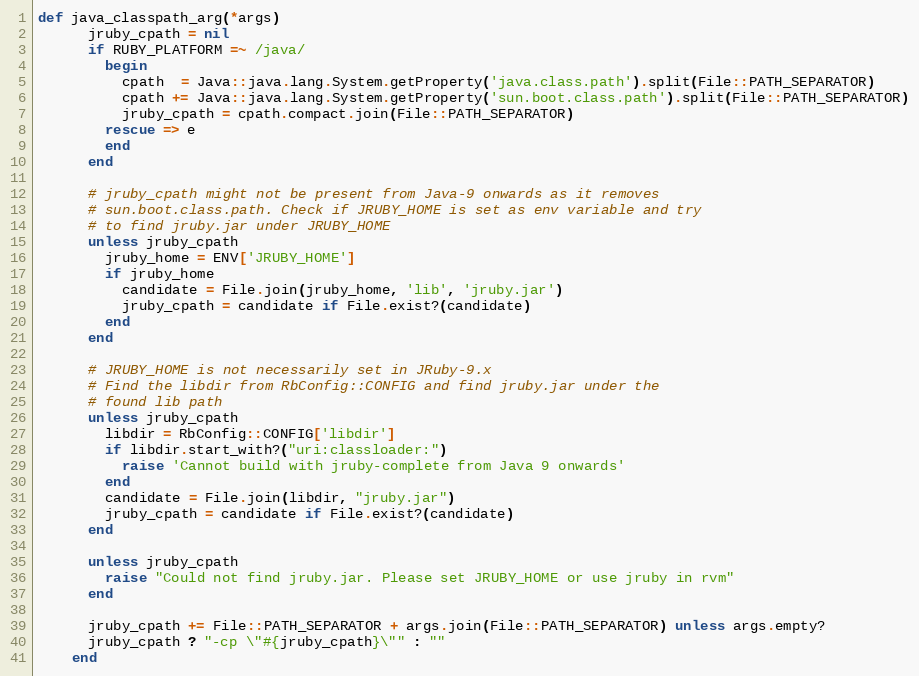
Language: Ruby
def java_classpath_arg(*args)
      jruby_cpath = nil
      if RUBY_PLATFORM =~ /java/
        begin
          cpath  = Java::java.lang.System.getProperty('java.class.path').split(File::PATH_SEPARATOR)
          cpath += Java::java.lang.System.getProperty('sun.boot.class.path').split(File::PATH_SEPARATOR)
          jruby_cpath = cpath.compact.join(File::PATH_SEPARATOR)
        rescue => e
        end
      end

      # jruby_cpath might not be present from Java-9 onwards as it removes
      # sun.boot.class.path. Check if JRUBY_HOME is set as env variable and try
      # to find jruby.jar under JRUBY_HOME
      unless jruby_cpath
        jruby_home = ENV['JRUBY_HOME']
        if jruby_home
          candidate = File.join(jruby_home, 'lib', 'jruby.jar')
          jruby_cpath = candidate if File.exist?(candidate)
        end
      end

      # JRUBY_HOME is not necessarily set in JRuby-9.x
      # Find the libdir from RbConfig::CONFIG and find jruby.jar under the
      # found lib path
      unless jruby_cpath
        libdir = RbConfig::CONFIG['libdir']
        if libdir.start_with?("uri:classloader:")
          raise 'Cannot build with jruby-complete from Java 9 onwards'
        end
        candidate = File.join(libdir, "jruby.jar")
        jruby_cpath = candidate if File.exist?(candidate)
      end

      unless jruby_cpath
        raise "Could not find jruby.jar. Please set JRUBY_HOME or use jruby in rvm"
      end

      jruby_cpath += File::PATH_SEPARATOR + args.join(File::PATH_SEPARATOR) unless args.empty?
      jruby_cpath ? "-cp \"#{jruby_cpath}\"" : ""
    end